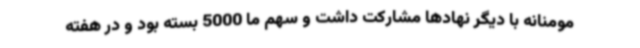
مومنانه با دیگر نهادها مشارکت داشت و سهم ما 5000 بسته بود و در هفته